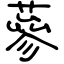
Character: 蔘